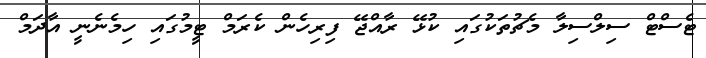
ޓެސްޓް ސިލްސިލާ މެޗުތަކުގައި ކުޅޭ ރާއްޖޭ ފިރިހެން ކެރަމް ޓީމުގައި ހިމެނެނީ އާދަމް